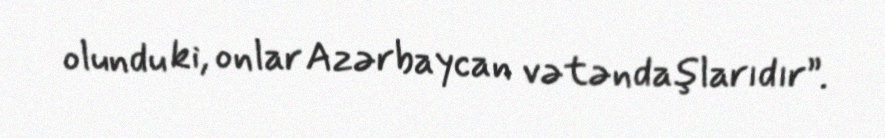
olundu ki, onlar Azərbaycan vətəndaşlarıdır”.